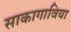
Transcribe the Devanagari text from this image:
साकागाविया